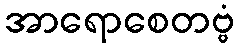
အာရောစေတဗ္ဗံ